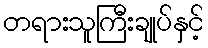
တရားသူကြီးချုပ်နှင့်